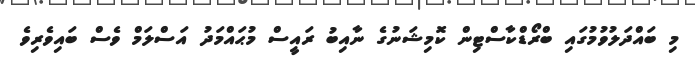
މި ބައްދަލުވުމުގައި ބްރޯޑްކާސްޓިން ކޮމިޝަނުގެ ނާއިބު ރައީސް މުޙައްމަދު އަސްލަމް ވެސް ބައިވެރިވެ